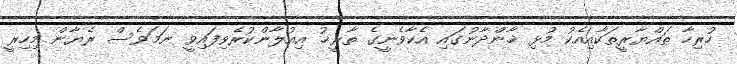
ހުރިހާ ތައްޔާރީތަކާއިއެކު މުޅި ޚާންދާނުގައި އެކާވެނީގެ ތާރީޚު އިއުލާންކުރެވިފައިވީ ނަމަވެސް ރެޔާން މިހިރީ